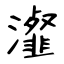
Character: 瀣